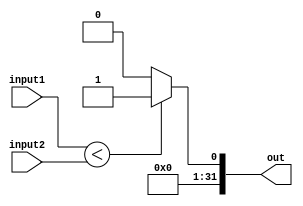
// This program was cloned from: https://github.com/Shiva9361/Simple_Processor
// License: MIT License

module set_less_than_u(input1,input2,out);
input [31:0] input1,input2;
output [31:0] out;
assign out = (input1<input2) ? 1:0;
endmodule

module set_less_than(input1,input2,out);
input [31:0] input1,input2;
output [31:0] out;
assign out = (input1[31] & 1'b1) ? (input2[31] & 1'b1)? input1>input2 ? 1:0 : 1 : (input2[31] & 1'b1) ? 0: input1 < input2 ?1:0;
endmodule